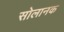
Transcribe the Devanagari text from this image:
सोलानक